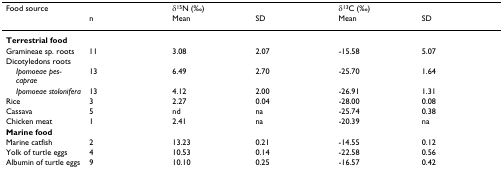
| Food source |  | <COLSPAN=2> δ15N (‰) | <COLSPAN=2> δ13C (‰) |
 |  | n | Mean | SD | Mean | SD |
 | --- | --- | --- | --- | --- | --- |
 | Terrestrial food |  |  |  |  |  |
 | Gramineae sp. roots | 11 | 3.08 | 2.07 | -15.58 | 5.07 |
 | Dicotyledons roots |  |  |  |  |  |
 | Ipomoeae pes-caprae | 13 | 6.49 | 2.70 | -25.70 | 1.64 |
 | Ipomoeae stolonifera | 13 | 4.12 | 2.00 | -26.91 | 1.31 |
 | Rice | 3 | 2.27 | 0.04 | -28.00 | 0.08 |
 | Cassava | 5 | nd | na | -25.74 | 0.38 |
 | Chicken meat | 1 | 2.41 | na | -20.39 | na |
 | Marine food |  |  |  |  |  |
 | Marine catfish | 2 | 13.23 | 0.21 | -14.55 | 0.12 |
 | Yolk of turtle eggs | 4 | 10.53 | 0.14 | -22.58 | 0.56 |
 | Albumin of turtle eggs | 9 | 10.10 | 0.25 | -16.57 | 0.42 |